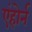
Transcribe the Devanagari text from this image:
एंहोर्न